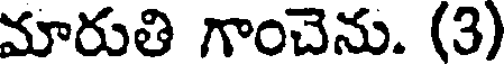
మారుతి గాంచెను. (3)